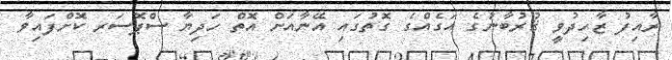
ރާއިފު ޒާހިދުވީ ޤުރުބާނުގެ އަގެއްގެ ގޮތުގައި އޭނާއަށް އޮތް ހަދިޔާ ސްޕޮސަރ ކޮށްފައިވާ